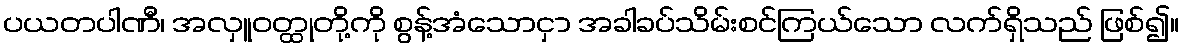
ပယတပါဏီ၊ အလှူဝတ္ထုတို့ကို စွန့်အံသောငှာ အခါခပ်သိမ်းစင်ကြယ်သော လက်ရှိသည် ဖြစ်၍။